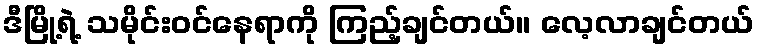
ဒီမြို့ရဲ့ သမိုင်းဝင်နေရာကို ကြည့်ချင်တယ်။ လေ့လာချင်တယ်